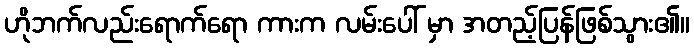
ဟိုဘက်လည်းရောက်ရော ကားက လမ်းပေါ် မှာ အတည့်ပြန်ဖြစ်သွား၏။